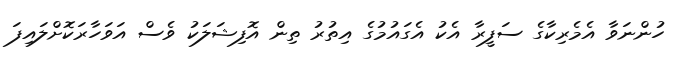
ހުންނަވާ އެމެރިކާގެ ސަފީރާ އެކު އެގައުމުގެ އިތުރު ތިން އޮފިޝަލަކު ވެސް އަވަހާރަކޮށްލައިފަ